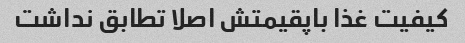
کیفیت غذا باپقیمتش اصلا تطابق نداشت